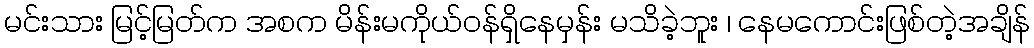
မင်းသား မြင့်မြတ်က အစက မိန်းမကိုယ်ဝန်ရှိနေမှန်း မသိခဲ့ဘူး ၊ နေမကောင်းဖြစ်တဲ့အချိန်